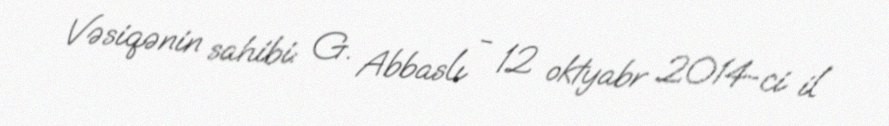
Vəsiqənin sahibi: G. Abbaslı - 12 oktyabr 2014-ci il